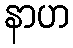
နာဟ